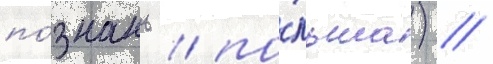
по́знань / по́льша) //